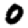
Digit: 0